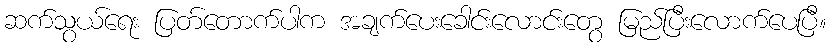
ဆက်သွယ်ရေး ပြတ်တောက်ပါက အချက်ပေးခေါင်းလောင်းတွေ မြည်ပြီးလောက်ပေပြီ။